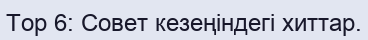
Top 6: Совет кезеңіндегі хиттар.